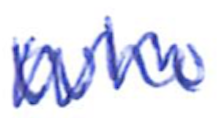
Text: who
Cross-out: zig-zag
Writing tool: ballpoint